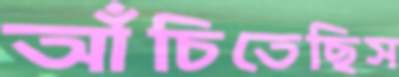
আঁচিতেছিস